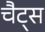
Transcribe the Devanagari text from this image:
चैट्स